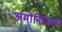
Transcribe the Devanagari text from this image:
अमोनियामय